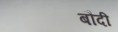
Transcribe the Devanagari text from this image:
बौदी